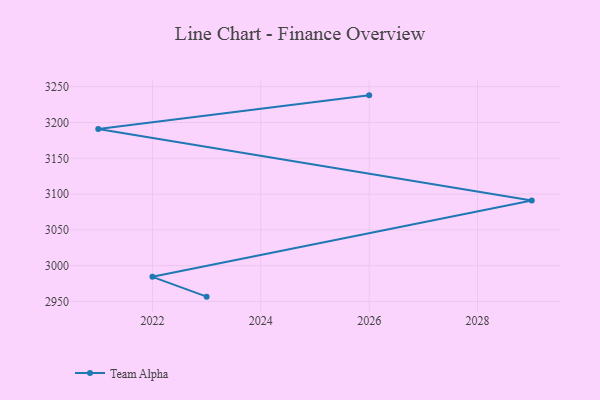
{"axis": {"x": "Year", "y": "LTV (USD)"}, "legend": ["Team Alpha"], "data": [{"x": "2023", "y": 2956.7, "type": "Team Alpha"}, {"x": "2022", "y": 2984.4, "type": "Team Alpha"}, {"x": "2029", "y": 3091.1, "type": "Team Alpha"}, {"x": "2021", "y": 3191.0, "type": "Team Alpha"}, {"x": "2026", "y": 3238.0, "type": "Team Alpha"}]}